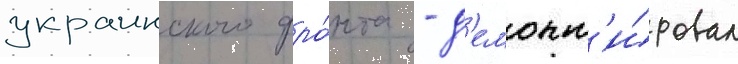
украинского фро́нта - д'емонт'и́ровал